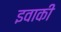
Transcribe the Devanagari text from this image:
इवाकी